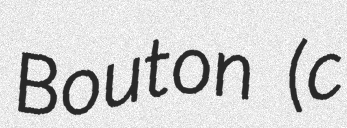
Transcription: Bouton (c